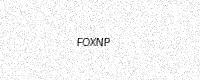
Text: FOXNP